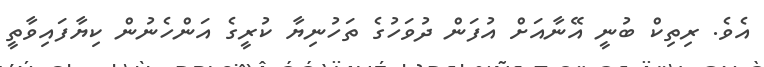
އެވެ. ރިތިކް ބުނީ އޭނާއަށް އުފަން ދުވަހުގެ ތަހުނިޔާ ކުރީގެ އަންހެނުން ކިޔާފައިވާތީ